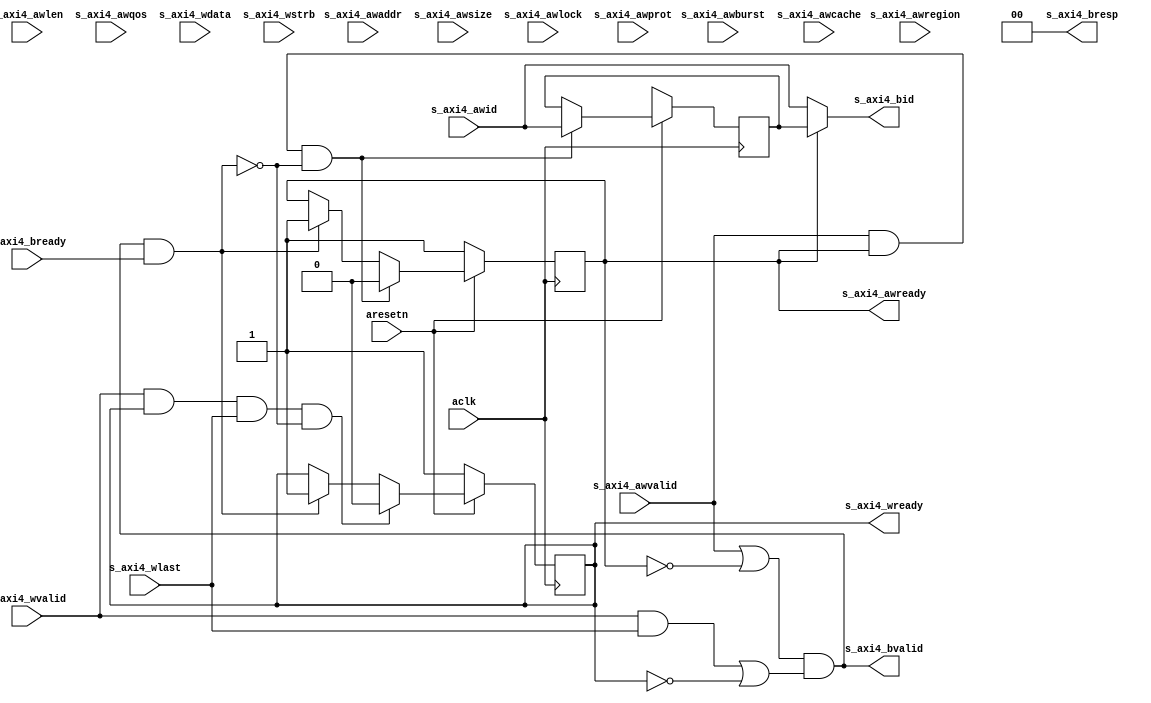
// ---------------------------------------------------------------------------
//  Jelly  -- The platform for real-time computing
//
//                                 Copyright (C) 2008-2020 by Ryuji Fuchikami
//                                 https://github.com/ryuz/jelly.git
// ---------------------------------------------------------------------------



`timescale 1ns / 1ps
`default_nettype none



module jelly_axi4_dummy_slave_write
        #(
            // AXI4
            parameter   BYTE_WIDTH      = 8,
            parameter   AXI4_ID_WIDTH   = 6,
            parameter   AXI4_ADDR_WIDTH = 32,
            parameter   AXI4_DATA_SIZE  = 4,
            parameter   AXI4_DATA_WIDTH = (BYTE_WIDTH << AXI4_DATA_SIZE),
            parameter   AXI4_STRB_WIDTH = AXI4_DATA_WIDTH / BYTE_WIDTH,
            parameter   AXI4_LEN_WIDTH  = 8,
            parameter   AXI4_QOS_WIDTH  = 4
        )
        (
            input   wire                            aresetn,
            input   wire                            aclk,
            
            input   wire    [AXI4_ID_WIDTH-1:0]     s_axi4_awid,
            input   wire    [AXI4_ADDR_WIDTH-1:0]   s_axi4_awaddr,
            input   wire    [AXI4_LEN_WIDTH-1:0]    s_axi4_awlen,
            input   wire    [2:0]                   s_axi4_awsize,
            input   wire    [1:0]                   s_axi4_awburst,
            input   wire    [0:0]                   s_axi4_awlock,
            input   wire    [3:0]                   s_axi4_awcache,
            input   wire    [2:0]                   s_axi4_awprot,
            input   wire    [AXI4_QOS_WIDTH-1:0]    s_axi4_awqos,
            input   wire    [3:0]                   s_axi4_awregion,
            input   wire                            s_axi4_awvalid,
            output  wire                            s_axi4_awready,
            input   wire    [AXI4_DATA_WIDTH-1:0]   s_axi4_wdata,
            input   wire    [AXI4_STRB_WIDTH-1:0]   s_axi4_wstrb,
            input   wire                            s_axi4_wlast,
            input   wire                            s_axi4_wvalid,
            output  wire                            s_axi4_wready,
            output  wire    [AXI4_ID_WIDTH-1:0]     s_axi4_bid,
            output  wire    [1:0]                   s_axi4_bresp,
            output  wire                            s_axi4_bvalid,
            input   wire                            s_axi4_bready
        );
    
    
    // dummy
    reg     [AXI4_ID_WIDTH-1:0] reg_id;
    reg                         reg_awready;
    reg                         reg_wready;
    
    always @(posedge aclk) begin
        if ( ~aresetn ) begin
            reg_id      <= {AXI4_ID_WIDTH{1'bx}};
            reg_awready <= 1'b1;
            reg_wready  <= 1'b1;
        end
        else begin
            if ( (s_axi4_awvalid & reg_awready) && !(s_axi4_bvalid & s_axi4_bready) ) begin
                reg_id      <= s_axi4_awid;
                reg_awready <= 1'b0;
            end
            else if ( s_axi4_bvalid & s_axi4_bready ) begin
                reg_awready <= 1'b1;
            end
            
            if ( (s_axi4_wvalid & reg_wready & s_axi4_wlast) && !(s_axi4_bvalid & s_axi4_bready) ) begin
                reg_wready <= 1'b0;
            end
            else if ( s_axi4_bvalid & s_axi4_bready ) begin
                reg_wready <= 1'b1;
            end
        end
    end
    
    assign s_axi4_awready = reg_awready;// || (s_axi4_bvalid & s_axi4_bready));
    assign s_axi4_wready  = reg_wready;//  || (s_axi4_bvalid & s_axi4_bready));
    
    assign s_axi4_bid     = reg_awready ? reg_id : s_axi4_awid;
    assign s_axi4_bresp   = 2'b00;
    assign s_axi4_bvalid  = (s_axi4_awvalid || ~reg_awready) && ((s_axi4_wvalid & s_axi4_wlast) || ~reg_wready);
    
    
    
    // debug for sim
    integer     count_aw;
    integer     count_w;
    integer     count_b;
    integer     count_awlen;
    integer     count_wlen;
    always @(posedge aclk) begin
        if ( ~aresetn ) begin
            count_aw <= 0;
            count_w  <= 0;
            count_b  <= 0;
            count_awlen <= 0;
            count_wlen  <= 0;
        end
        else begin
            if ( s_axi4_awvalid & s_axi4_awready ) begin
                count_aw    <= count_aw + 1;
                count_awlen <= count_awlen + s_axi4_awlen + 1;
            end
            
            if ( s_axi4_wvalid & s_axi4_wready ) begin
                count_w    <= count_w + s_axi4_wlast;
                count_wlen <= count_wlen + 1;
            end
            
            if ( s_axi4_bvalid & s_axi4_bready ) begin
                count_b  <= count_b + 1;
            end
        end
    end
    
    
endmodule


`default_nettype wire


// end of file